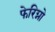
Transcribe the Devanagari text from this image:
फेरिग्नो